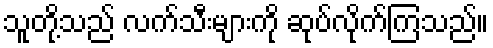
သူတို့သည် လက်သီးများကို ဆုပ်လိုက်ကြသည်။